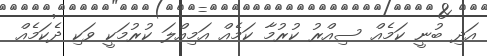
އަދި ބުނީ ކަމެއް ސިއްރު ކުރުމާ ކަމެއް އަމިއްލަ ކުރުމަކީ ވަކި ދެކަމެއް